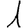
Digit: 1